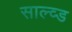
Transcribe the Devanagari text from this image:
साल्व्ड